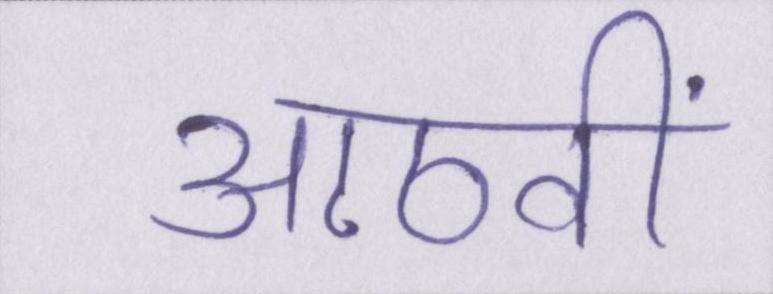
आठवीं